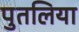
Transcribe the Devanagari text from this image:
पुतलिया